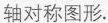
轴对称图形.